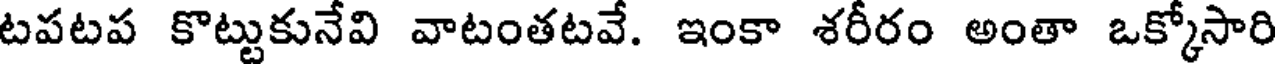
టపటప కొట్టుకునేవి వాటంతటవే. ఇంకా శరీరం అంతా ఒక్కోసారి